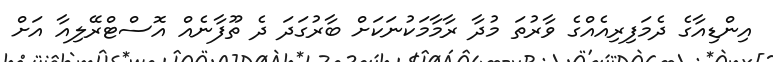
އިންޑިއާގެ ދެމަފިރިއެއްގެ ވާރުތަ މުދާ ރާމާމަކުނަކަށް ބާރުގަދަ ދެ ތޫފާނެއް އޮސްޓްރޭލިއާ އަށް